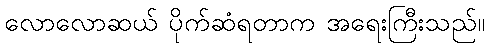
လောလောဆယ် ပိုက်ဆံရတာက အရေးကြီးသည်။